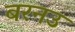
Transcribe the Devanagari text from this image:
बरनउ